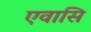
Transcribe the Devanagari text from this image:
एवासि